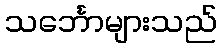
သင်္ဘောများသည်